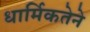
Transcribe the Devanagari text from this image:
धार्मिकतेने